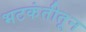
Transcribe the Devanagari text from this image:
भटकंतीतून